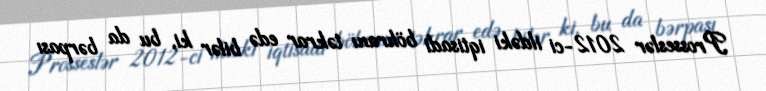
Prosseslər 2012-ci ildəki iqtisadi böhranı təkrar edə bilər ki, bu da bərpası